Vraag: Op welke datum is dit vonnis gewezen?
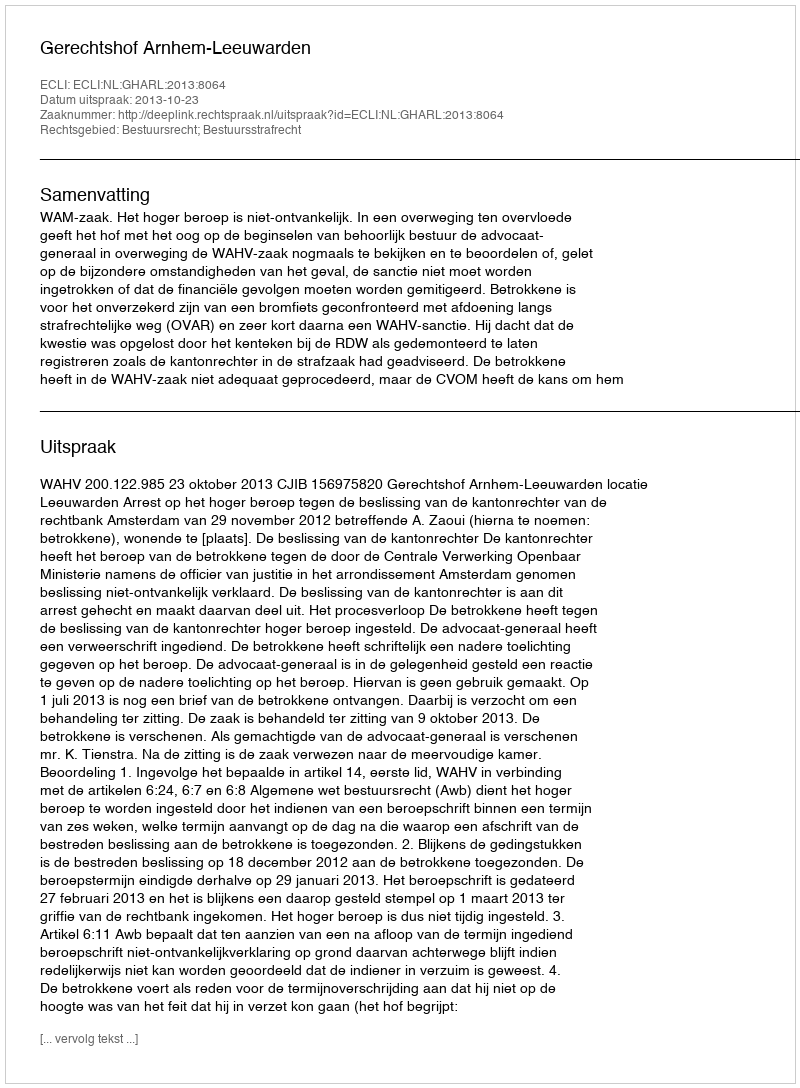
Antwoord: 2013-10-23